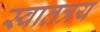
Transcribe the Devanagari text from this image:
स्वातत्रय